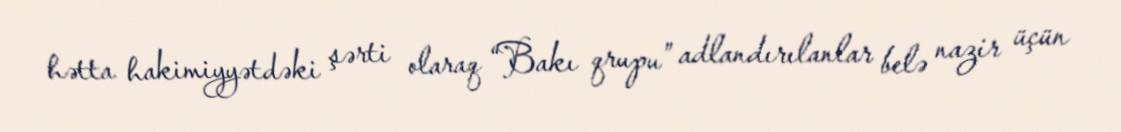
hətta hakimiyyətdəki şərti olaraq “Bakı qrupu” adlandırılanlar belə nazir üçün